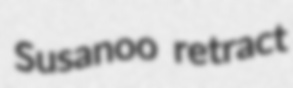
Susanoo retract